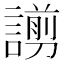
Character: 謭